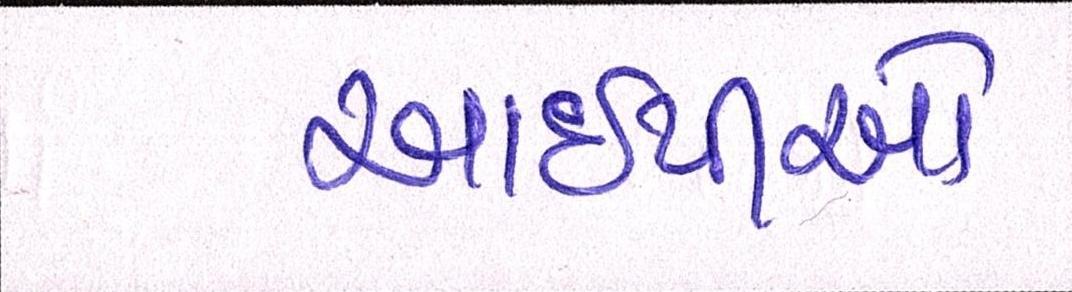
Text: આઈપીઓ